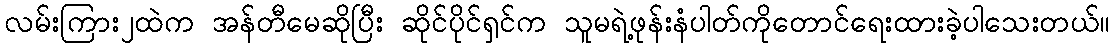
လမ်းကြား၂ထဲက အန်တီမေဆိုပြီး ဆိုင်ပိုင်ရှင်က သူမရဲ့ဖုန်းနံပါတ်ကိုတောင်ရေးထားခဲ့ပါသေးတယ်။